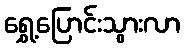
ရွှေ့ပြောင်းသွားလာ